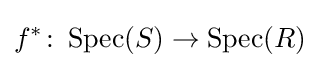
f^{*}\colon \operatorname {Spec} (S)\to \operatorname {Spec} (R)